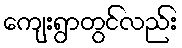
ကျေးရွာတွင်လည်း